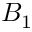
B _ { 1 }